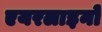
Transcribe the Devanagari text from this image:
एयरलाइनो